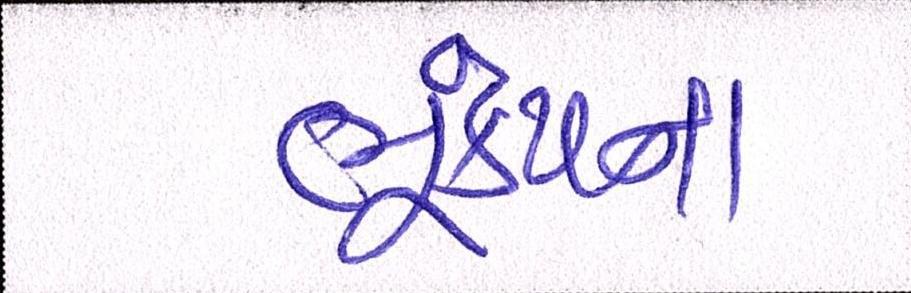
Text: ભૂકંપના